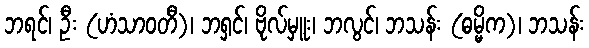
ဘရင်၊ ဦး (ဟံသာဝတီ)၊ ဘရှင်၊ ဗိုလ်မှူး၊ ဘလွင်၊ ဘသန်း (ဓမ္မိက)၊ ဘသန်း